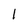
Character: 1